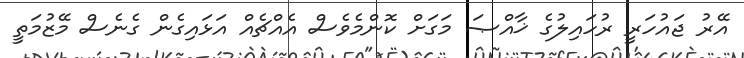
އޭރު ޖައުހަރީ ރުހައިލުގެ ޚާއްޞަ މަގަށް ކޮންމެވެސް އެއްޗެއް އަޅައިގެން ގެނެސް މޭޒުމަތީ